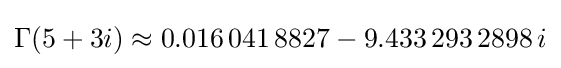
\Gamma (5+3i)\approx 0.016\,041\,8827-9.433\,293\,2898\,i